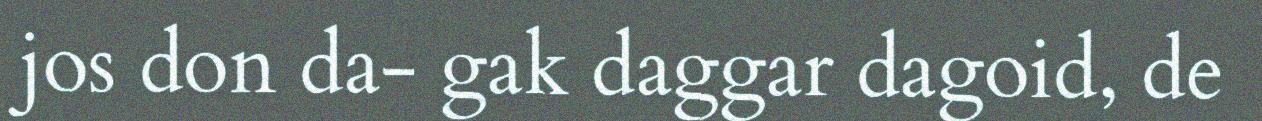
jos don da- gak daggar dagoid, de